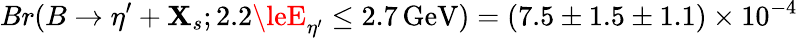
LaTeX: Br(B\to\eta^{\prime}+\mathbf{X}_{s};2.2\leE_{\eta^{\prime}}\le2.7\, \mathrm{{GeV}})=(7.5\pm1.5\pm1.1)\times10^{-4}